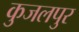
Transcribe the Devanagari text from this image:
कुजलपुर